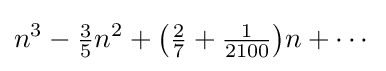
n^{3}-{\tfrac {3}{5}}n^{2}+\left({\tfrac {2}{7}}+{\tfrac {1}{2100}}\right)\!n+\cdots